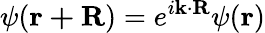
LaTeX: \psi(\mathbf{r+R})=e^{i\mathbf{k}\cdot\mathbf{R}}\psi(\mathbf{r})